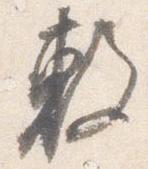
敷